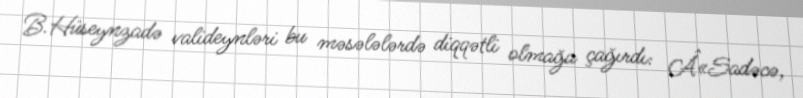
B.Hüseynzadə valideynləri bu məsələlərdə diqqətli olmağa çağırdı: Â«Sadəcə,